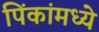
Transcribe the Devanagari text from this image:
पिंकांमध्ये